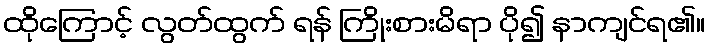
ထိုကြောင့် လွတ်ထွက် ရန် ကြိုးစားမိရာ ပို၍ နာကျင်ရ၏။